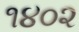
૧૪૦૨